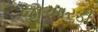
જીઆરડી